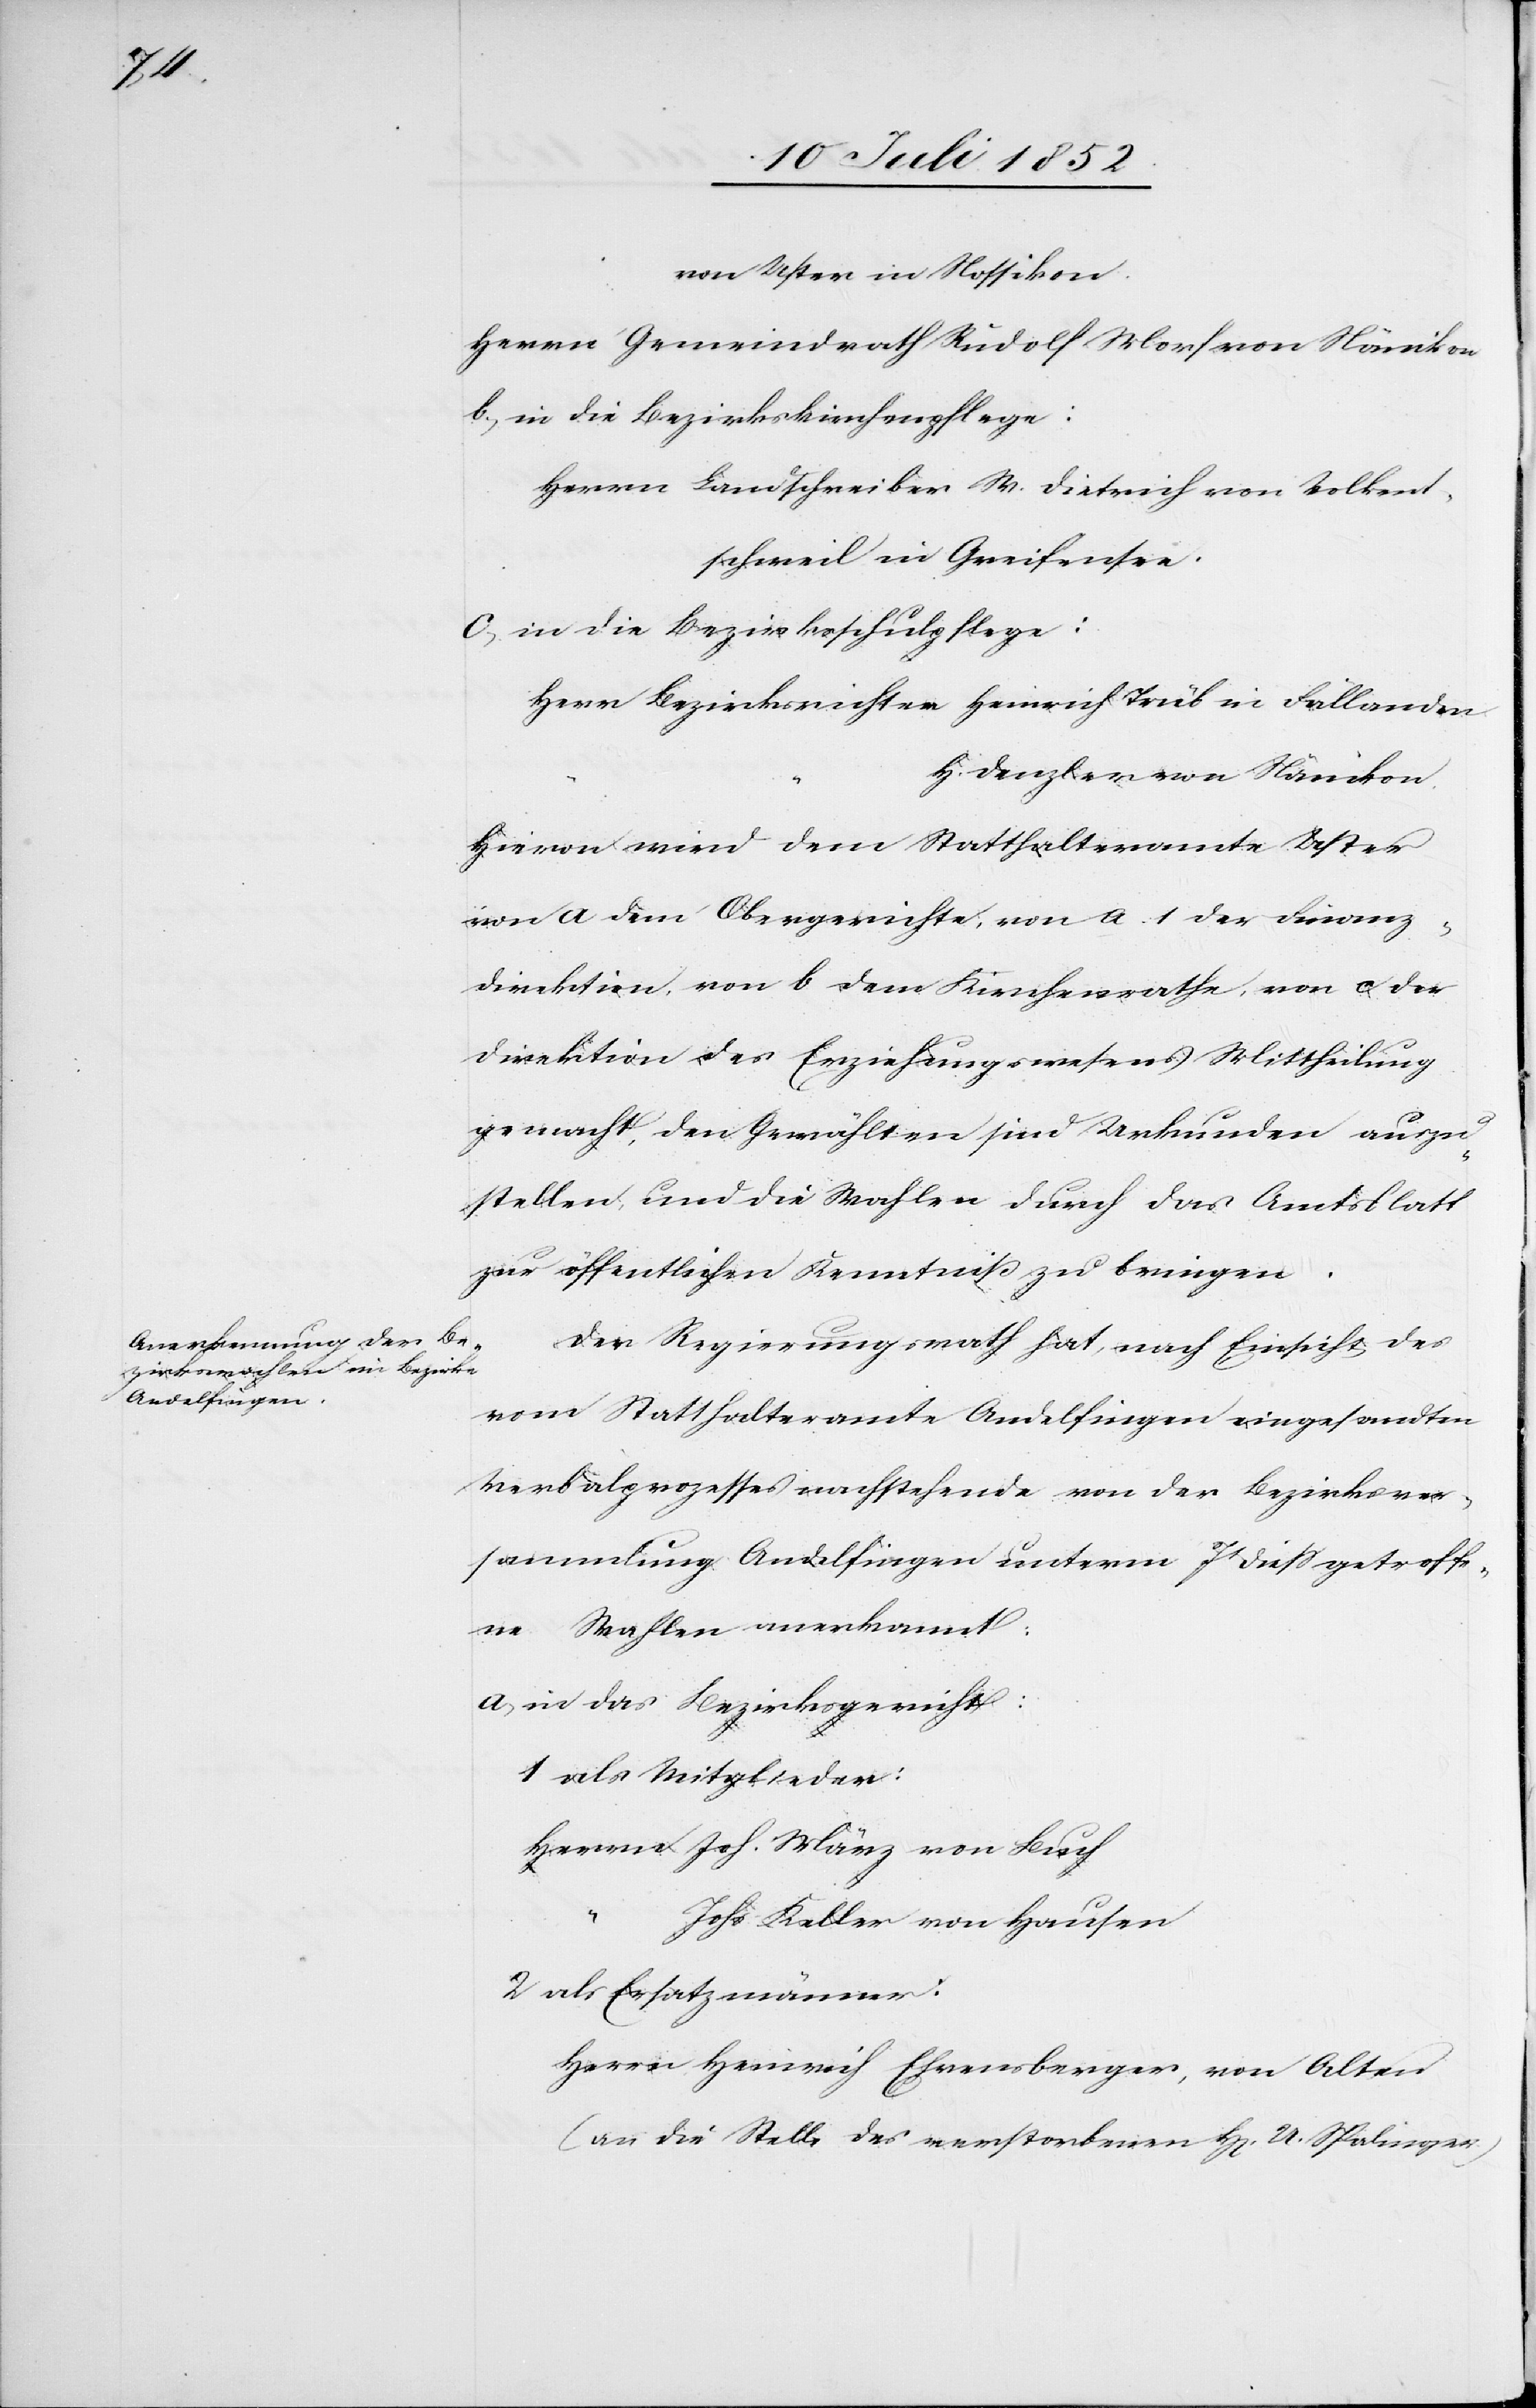
von Uster in Nossikon.
Herrn Gemeindrath Rudolf Morf von Nänikon
in die Bezirkskirchenpflege:
Herrn Landschreiber W. Dietrich von Volkent¬
schweil in Greifensee.
in die Bezirksschulpflege:
Herr Bezirksrichter Heinrich Trüb in Fällanden
H. Denzler von Nänikon.
Hievon wird dem Statthalteramte Uster[,]
von a dem Obergerichte, von a. 1 der Finanz¬
direktion, von b dem Kirchenrathe, von c der
Direktion des Erziehungswesens Mittheilung
gemacht, den Gewählten sind Urkunden auszu¬
stellen, und die Wahlen durch das Amtsblatt
zur öffentlichen Kenntniß zu bringen.
Der Regierungsrath hat, nach Einsicht des
vom Statthalteramte Andelfingen eingesandten
Verbalprozesses nachstehende von der Bezirksver¬
sammlung Andelfingen unterm 7t diess getroffe¬
ne Wahlen anerkannt:
in das Bezirksgericht:
als Mitglieder:
Herrn Joh. März von Buch
Johs Keller von Hausen
als Ersatzmänner:
Herrn Heinrich Ehrensberger, von Alten
(an die Stelle des verstorbenen H[errn] U. Spalinger.)